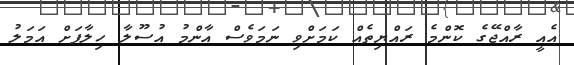
އެއީ ރާއްޖޭގެ ކޮންމެ ރައްޔިތެއް ކަމަށްވި ނަމަވެސް އާންމު އުސޫލާ ހިލާފަށް އަމަލު